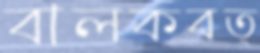
বালকবত্